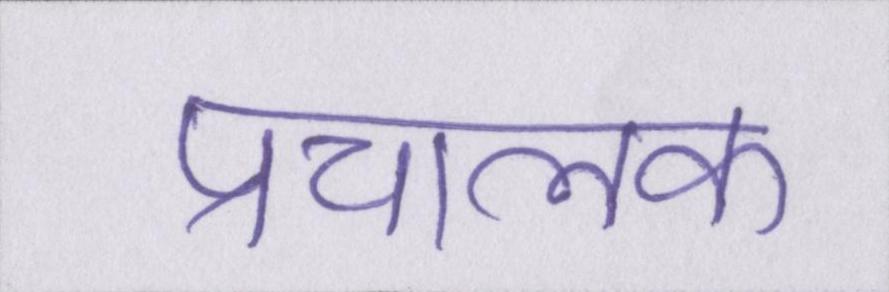
प्रचालक